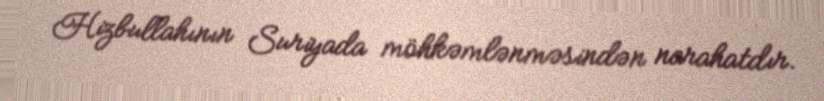
Hizbullahının Suriyada möhkəmlənməsindən narahatdır.